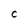
Character: C